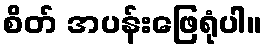
စိတ် အပန်းဖြေရုံပါ။